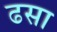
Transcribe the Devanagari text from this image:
ढसा